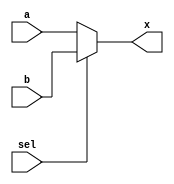
`timescale 1ns / 1ps
//////////////////////////////////////////////////////////////////////////////////
// Company: 
// Engineer: 
// 
// Design Name: 
// Module Name: 16_bit_ALU
// Project Name: 
// Target Devices: 
// Tool Versions: 
// Description: 
// 
// Dependencies: 
// 
// Revision:
// Revision 0.01 - File Created
// Additional Comments:
// 
//////////////////////////////////////////////////////////////////////////////////

module two_one_mux_behavorial(
    input sel,
    input a,
    input b,
    output reg x
    );
    
    always @*
        if(sel)
            x = b;
        else
            x = a;
endmodule

module two_one_mux(
    input sel,
    input a,
    input b,
    output x
    );
    wire a_res;
    wire not_sel;
    not(not_sel, sel);
    and(a_res, not_sel, a);
    wire b_res;
    and(b_res, sel, b);
    
    or(x, b_res, a_res);
    /*
    always @*
        if(sel)
            x = b;
        else
            x = a;
            */
endmodule

module four_bit_two_one_mux(
    input sel,
    input[3:0] a,
    input[3:0] b,
    output[3:0] x
    );
    
    // if sel = 1 pick b else pick a
    wire[3:0] a_res;
    wire[3:0] b_res;
    wire not_sel;
    not(not_sel, sel);
    and(a_res[0], not_sel, a[0]);
    and(a_res[1], not_sel, a[1]);
    and(a_res[2], not_sel, a[2]);
    and(a_res[3], not_sel, a[3]);
    and(b_res[0], sel, b[0]);
    and(b_res[1], sel, b[1]); 
    and(b_res[2], sel, b[2]); 
    and(b_res[3], sel, b[3]);     
    
    or(x[0], b_res[0], a_res[0]);
    or(x[1], b_res[1], a_res[1]);   
    or(x[2], b_res[2], a_res[2]);   
    or(x[3], b_res[3], a_res[3]);                              
endmodule

module sixteen_bit_two_one_mux(
    input sel,
    input[15:0] a,
    input[15:0] b,
    output[15:0] x
    );
    
    // if sel = 1 pick b else pick a
    wire[15:0] a_res;
    wire[15:0] b_res;
    wire not_sel;
    not(not_sel, sel);
    and(a_res[0], not_sel, a[0]);
    and(a_res[1], not_sel, a[1]);
    and(a_res[2], not_sel, a[2]);
    and(a_res[3], not_sel, a[3]);
    and(a_res[4], not_sel, a[4]);
    and(a_res[5], not_sel, a[5]);
    and(a_res[6], not_sel, a[6]);
    and(a_res[7], not_sel, a[7]);
    and(a_res[8], not_sel, a[8]);
    and(a_res[9], not_sel, a[9]);
    and(a_res[10], not_sel, a[10]);
    and(a_res[11], not_sel, a[11]);
    and(a_res[12], not_sel, a[12]);
    and(a_res[13], not_sel, a[13]);
    and(a_res[14], not_sel, a[14]);
    and(a_res[15], not_sel, a[15]);
    
    and(b_res[0], sel, b[0]);
    and(b_res[1], sel, b[1]); 
    and(b_res[2], sel, b[2]); 
    and(b_res[3], sel, b[3]);
    and(b_res[4], sel, b[4]);
    and(b_res[5], sel, b[5]);
    and(b_res[6], sel, b[6]);
    and(b_res[7], sel, b[7]);
    and(b_res[8], sel, b[8]);
    and(b_res[9], sel, b[9]);
    and(b_res[10], sel, b[10]);
    and(b_res[11], sel, b[11]);
    and(b_res[12], sel, b[12]);
    and(b_res[13], sel, b[13]);
    and(b_res[14], sel, b[14]);
    and(b_res[15], sel, b[15]);    
    
    or(x[0], b_res[0], a_res[0]);
    or(x[1], b_res[1], a_res[1]);   
    or(x[2], b_res[2], a_res[2]);   
    or(x[3], b_res[3], a_res[3]);
    or(x[4], b_res[4], a_res[4]);
    or(x[5], b_res[5], a_res[5]);
    or(x[6], b_res[6], a_res[6]);
    or(x[7], b_res[7], a_res[7]);
    or(x[8], b_res[8], a_res[8]);
    or(x[9], b_res[9], a_res[9]);
    or(x[10], b_res[10], a_res[10]);
    or(x[11], b_res[11], a_res[11]); 
    or(x[12], b_res[12], a_res[12]); 
    or(x[13], b_res[13], a_res[13]); 
    or(x[14], b_res[14], a_res[14]); 
    or(x[15], b_res[15], a_res[15]); 
    endmodule